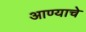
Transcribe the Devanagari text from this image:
आण्याचे